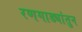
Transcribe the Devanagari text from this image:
रणगाड्यांतुन